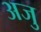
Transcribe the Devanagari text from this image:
अजु